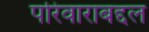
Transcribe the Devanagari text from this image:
परिवाराबद्दल